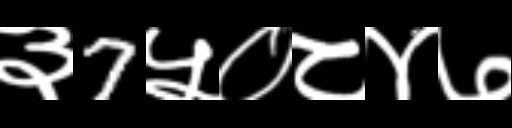
Text: ३7५०८४७